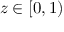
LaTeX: z \in [ 0 , 1 )